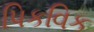
પિકવિક